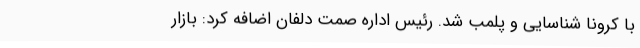
با کرونا شناسایی و پلمب شد. رئیس اداره صمت دلفان اضافه کرد: بازار